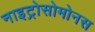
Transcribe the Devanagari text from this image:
नाइट्रोसोमोनस